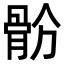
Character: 𩨧